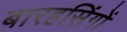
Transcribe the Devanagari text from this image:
बारहसिंगों